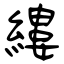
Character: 縷